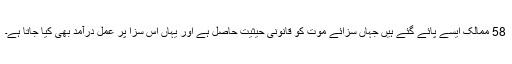
58 ممالک ایسے پائے گئے ہیں جہاں سزائے موت کو قانونی حیثیت حاصل ہے اور یہاں اس سزا پر عمل درآمد بھی کیا جاتا ہے۔